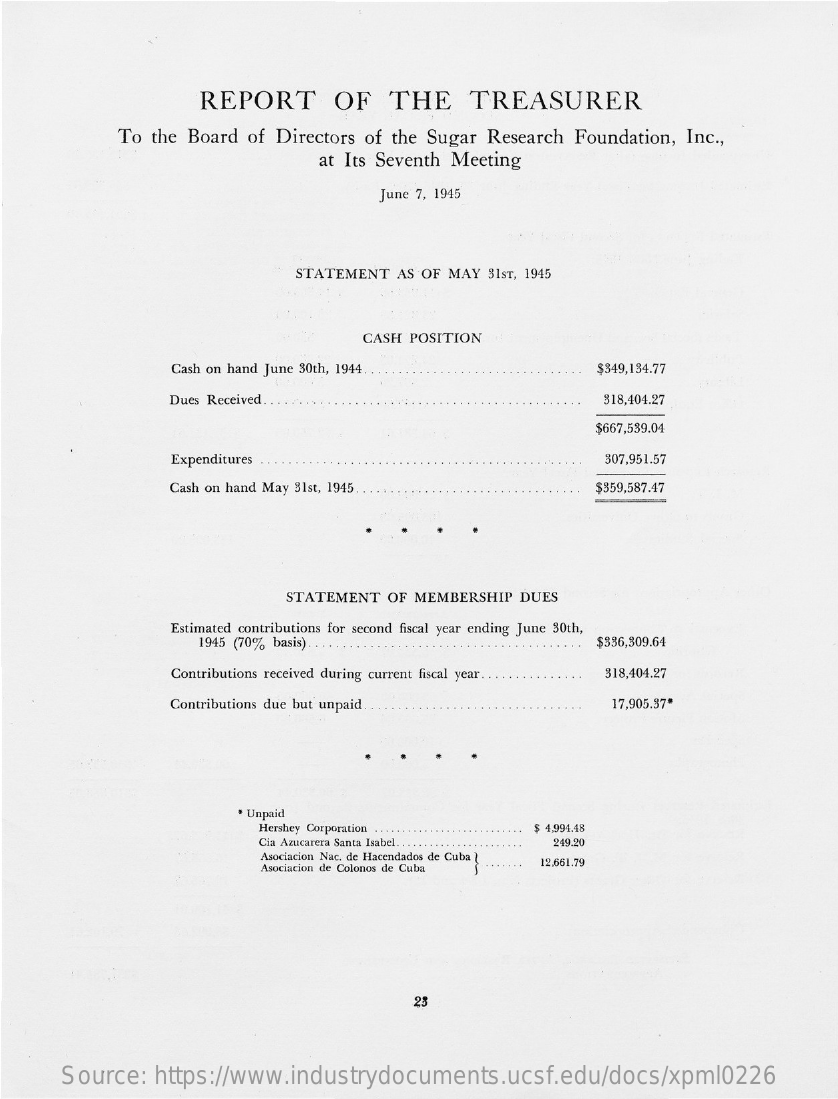
REPORT    OF  THE    TREASURER
     To the Board of Directors of the Sugar Research Foundation, Inc .,
     at Its Seventh Meeting
     June 7, 1945
     STATEMENT AS OF MAY 31ST, 1945
     CASH POSITION
     Cash on hand June 30th, 1944    $349,134.77
     Dues Received.    318,404.27
     $667,539.04
     Expenditures    307,951.57
     Cash on hand May 31st, 1945.    $359,587.47
     STATEMENT OF MEMBERSHIP DUES
     Estimated contributions for second fiscal year ending June 30th,
     1945 (70% basis)    $336,309.64
     Contributions received during current fiscal year .. . . $18,404.27
     Contributions due but unpaid.    17,905.37*
     · Unpaid
     Hershey Corporation .. .. $ 4,994.48
     Cia Azucarera Santa Isabel ... 249.20
     Asociacion Nac. de Hacendados de Cuba }
     Asociacion de Colonos de Cuba
     12,661.79
     23
     Source: https://www.industrydocuments.ucsf.edu/docs/xpml0226